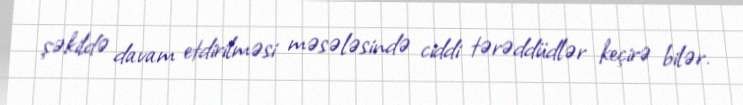
şəkildə davam etdirilməsi məsələsində ciddi tərəddüdlər keçirə bilər.